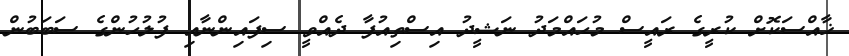
ޚާއްސަކޮށް ކުރީގެ ރައީސް މުހައްމަދު ނަޝީދު އިސްތިއުފާ ދެއްވީ ސިފައިންނާއި ފުލުހުންގެ ސަބަބުން